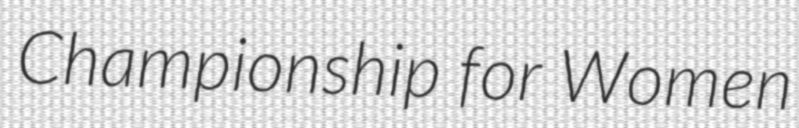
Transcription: Championship for Women